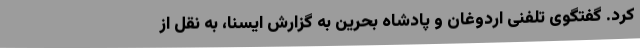
کرد. گفتگوی تلفنی اردوغان و پادشاه بحرین به گزارش ایسنا، به نقل از